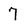
Character: 7